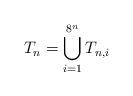
LaTeX: \begin{align*}T_n=\bigcup^{8^n}_{i=1}T_{n,i}\end{align*}